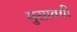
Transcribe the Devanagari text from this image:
मुसावयी